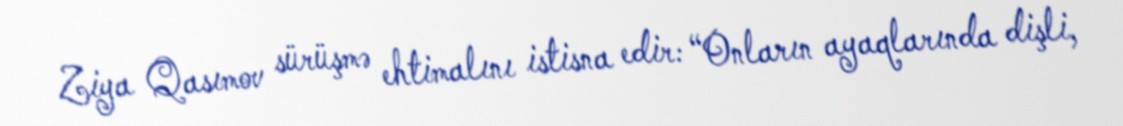
Ziya Qasımov sürüşmə ehtimalını istisna edir: “Onların ayaqlarında dişli,